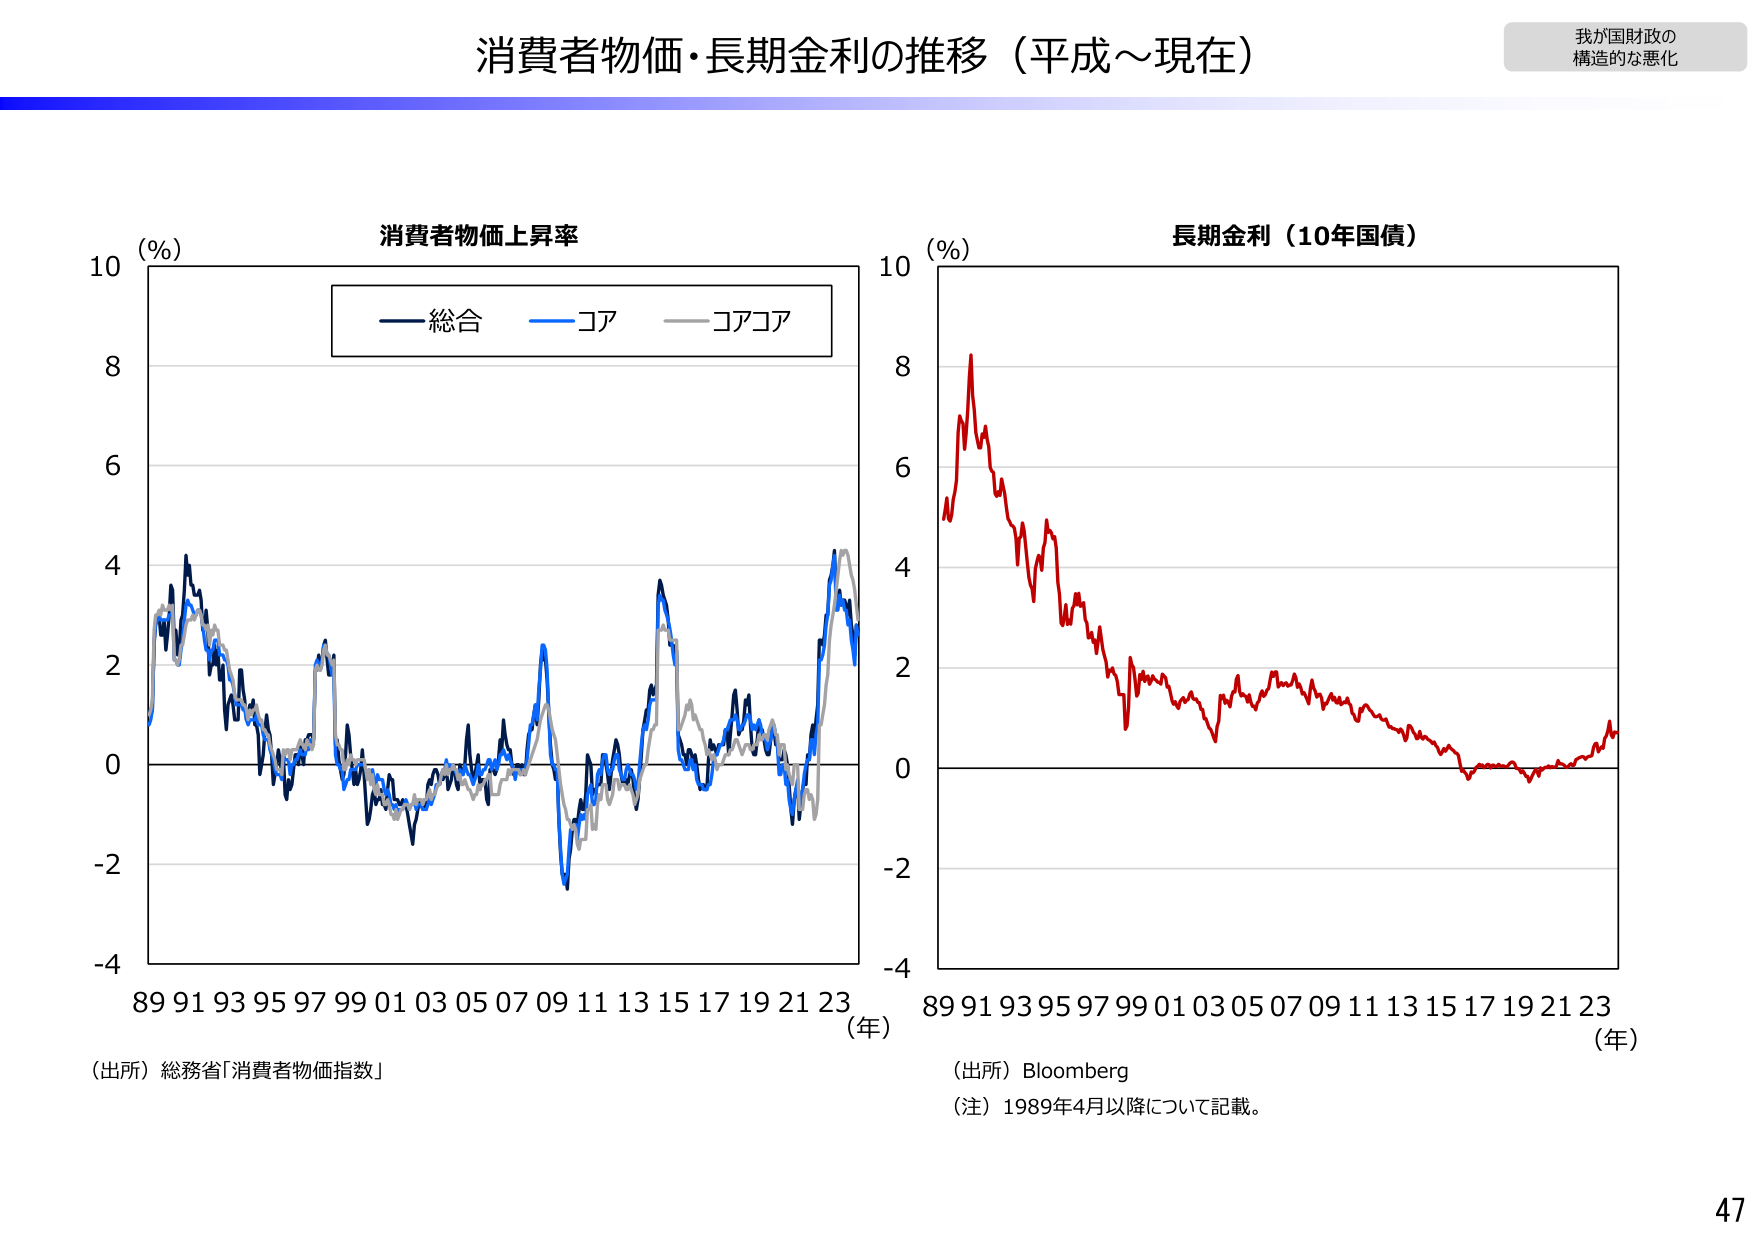
消費者物価・長期金利の推移（平成～現在）

我が国財政の
構造的な悪化

消費者物価上昇率
（%）
総合　コア　コアコア
89 91 93 95 97 99 01 03 05 07 09 11 13 15 17 19 21 23
（年）
（出所）総務省「消費者物価指数」

長期金利（10年国債）
（%）
89 91 93 95 97 99 01 03 05 07 09 11 13 15 17 19 21 23
（年）
（出所）Bloomberg
（注）1989年4月以降について記載。

47